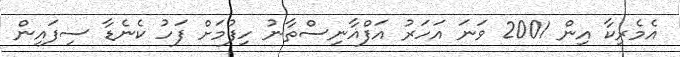
އެމެރިކާ އިން 2001 ވަަނަ އަހަރު އަފްޣާނިސްތާނު ހިފުމަށް ފަހު ކެނެޑާ ސިފައިން